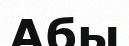
Абы